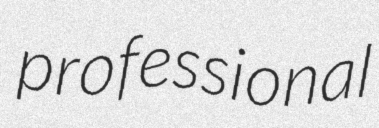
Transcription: professional